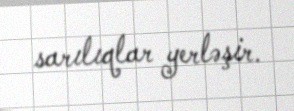
sarılıqlar yerləşir.